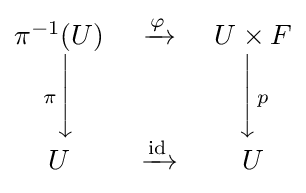
{\begin{matrix}\pi ^{-1}(U)&\xrightarrow {\varphi } &U\times {F}\\\scriptstyle {\pi }{\Bigg \downarrow }&{\qquad }&{\Bigg \downarrow }{\scriptstyle {p}}\\U&\xrightarrow {\text{id}} &U\end{matrix}}